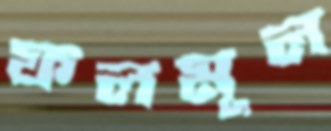
ফলমূল